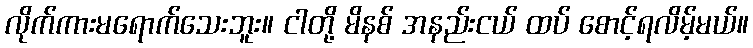
လိုက်ကားမရောက်သေးဘူး။ ငါတို့ မိနစ် အနည်းငယ် ထပ် စောင့်ရလိမ့်မယ်။